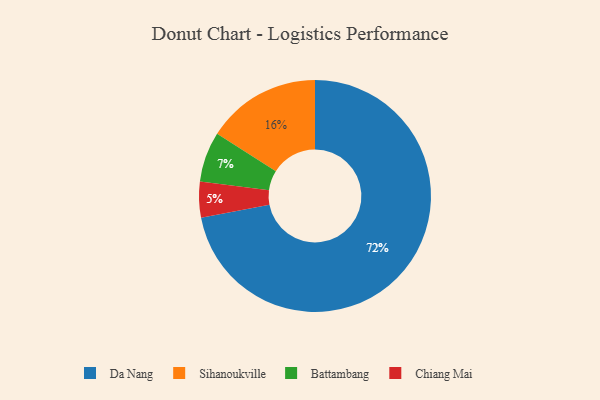
{"axis": {"x": "Category", "y": "Percentage"}, "legend": ["Battambang", "Chiang Mai", "Da Nang", "Sihanoukville"], "data": [{"x": "Sihanoukville", "y": 16, "type": "Sihanoukville"}, {"x": "Da Nang", "y": 72, "type": "Da Nang"}, {"x": "Chiang Mai", "y": 5, "type": "Chiang Mai"}, {"x": "Battambang", "y": 7, "type": "Battambang"}]}